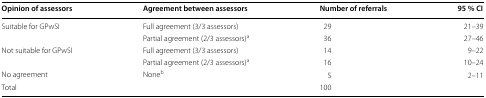
| Opinion of assessors | Agreement between assessors | Number of referrals | 95 % CI |
 | --- | --- | --- | --- |
 | Suitable for GPwSI | Full agreement (3/3 assessors) | 29 | 21–39 |
 |  | Partial agreement (2/3 assessors)a | 36 | 27–46 |
 | Not suitable for GPwSI | Full agreement (3/3 assessors) | 14 | 9–22 |
 |  | Partial agreement (2/3 assessors)a | 16 | 10–24 |
 | No agreement | Noneb | 5 | 2–11 |
 | Total |  | 100 |  |